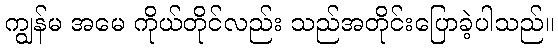
ကျွန်မ အမေ ကိုယ်တိုင်လည်း သည်အတိုင်းပြောခဲ့ပါသည်။